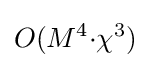
{O}(M^{4}{\cdot }{\chi }^{3})